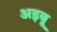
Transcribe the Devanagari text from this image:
अइबू